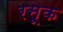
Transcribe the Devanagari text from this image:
रसूक